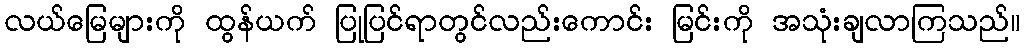
လယ်မြေများကို ထွန်ယက် ပြုပြင်ရာတွင်လည်းကောင်း မြင်းကို အသုံးချလာကြသည်။